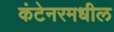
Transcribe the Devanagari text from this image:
कंटेनरमधील